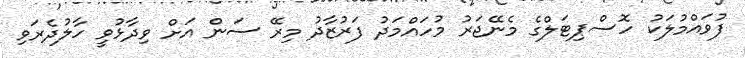
ފުވައްމުލަކު ހޮސްޕިޓަލްގެ މެނޭޖަރު މުހައްމަދު ފަރުޒާދު މިރޭ ސަން އަށް ވިދާޅުވީ ހާލުދެރަވި